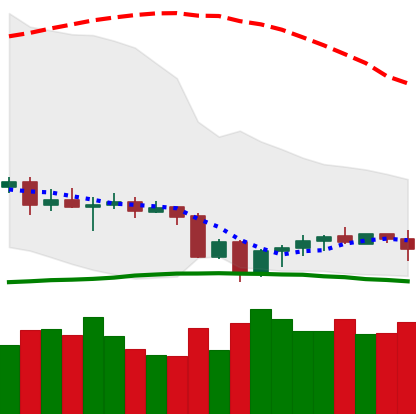
Ticker: EOS-USD
Chart end date: 2020-10-01
Forward return: 5.673%
Label: up_5_7